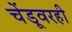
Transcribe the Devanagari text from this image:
चेंडूवरही